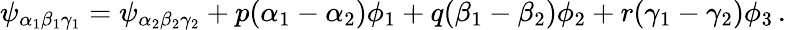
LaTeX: \psi_{\alpha_{1}\beta_{1}\gamma_{1}}=\psi_{\alpha_{2}\beta_{2}\gamma_{2}}+p(\alpha_{1}-\alpha_{2})\phi_{1}+q(\beta_{1}-\beta_{2})\phi_{2}+r(\gamma_{1}-\gamma_{2})\phi_{3}\, .